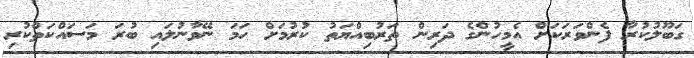
ގަބޫލުކުރާ ފެންވަރަކަށް އެމީހުންގެ ދަރިން ތަރުބިއްޔަތު ކުރުމަށް ހަމަ ނޭވާނުލައި ބުރަ މަސައްކަތްކުރި